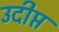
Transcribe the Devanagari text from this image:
उदीप्त